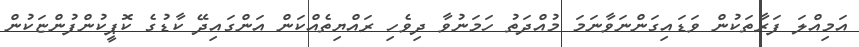
އަމިއްލަ ފަރާތަކުން ވަޑައިގަންނަވާނަމަ މުއްދަތު ހަމަނުވާ ދިވެހި ރައްޔިތެއްކަން އަންގައިދޭ ކާޑުގެ ކޮޕީކުންފުންޏަކުން